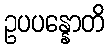
ဥပပန္နောတိ